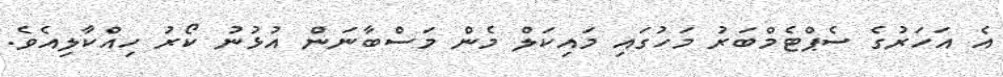
އެ އަހަރުގެ ސެޕްޓެމްބަރު މަހުގައި މައިކަލް މެން މަސްބާނަން އުޅުނު ކޯރު ހިއްކާލިއެވެ.